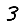
Digit: 3